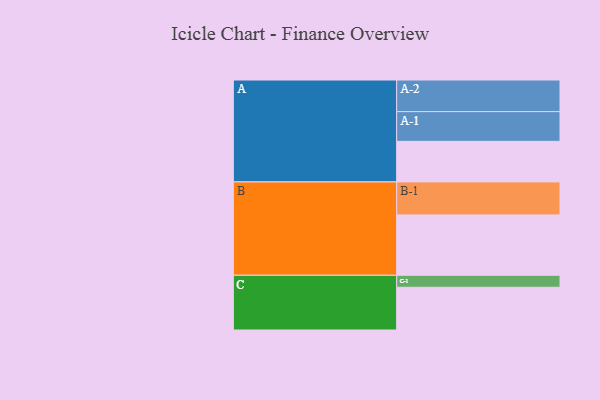
{"axis": {"x": "Segment", "y": "Value"}, "legend": ["", "A", "B", "C"], "data": [{"x": "A", "y": 318, "type": ""}, {"x": "B", "y": 473, "type": ""}, {"x": "C", "y": 335, "type": ""}, {"x": "A-1", "y": 233, "type": "A"}, {"x": "A-2", "y": 248, "type": "A"}, {"x": "B-1", "y": 259, "type": "B"}, {"x": "C-1", "y": 94, "type": "C"}]}